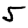
Digit: 5